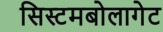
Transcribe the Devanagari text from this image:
सिस्टमबोलागेट